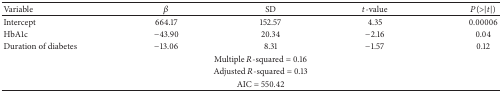
<table><thead><tr><td><b>Variable</b></td><td><b><i>β</i></b></td><td><b>SD</b></td><td><b><i>t</i>-value</b></td><td><b><i>P</i>(&gt;|<i>t</i>|)</b></td></tr></thead><tbody><tr><td>Intercept</td><td>664.17</td><td>152.57</td><td>4.35</td><td>0.00006</td></tr><tr><td>HbA1c</td><td>−43.90</td><td>20.34</td><td>−2.16</td><td>0.04</td></tr><tr><td>Duration of diabetes</td><td>−13.06</td><td>8.31</td><td>−1.57</td><td>0.12</td></tr><tr><td colspan="5"> Multiple <i>R</i>-squared = 0.16</td></tr><tr><td colspan="5"> Adjusted <i>R</i>-squared = 0.13</td></tr><tr><td colspan="5"> AIC = 550.42</td></tr></tbody></table>